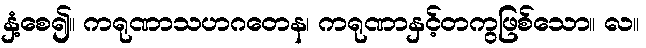
နှံ့စေ၍။ ကရုဏာသဟဂတေန၊ ကရုဏာနှင့်တကွဖြစ်သော။ လ။